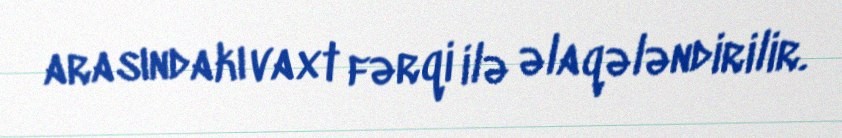
arasındakı vaxt fərqi ilə əlaqələndirilir.